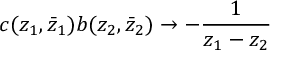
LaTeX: c ( z _ { 1 } , \bar { z } _ { 1 } ) b ( z _ { 2 } , \bar { z } _ { 2 } ) \rightarrow - \frac { 1 } { z _ { 1 } - z _ { 2 } }